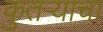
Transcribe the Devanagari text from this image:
कुतऱ्याचा